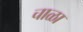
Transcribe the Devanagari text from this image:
चाळा